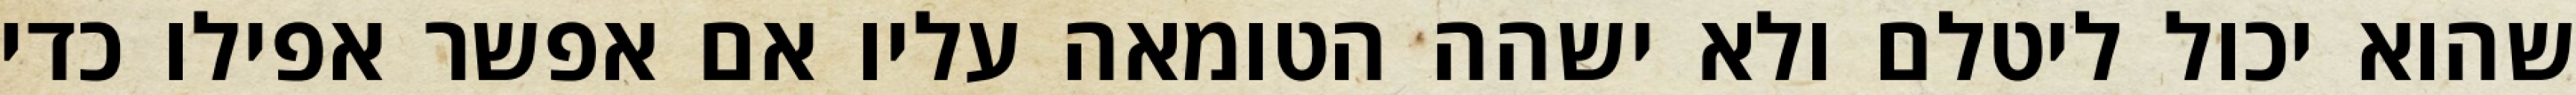
שהוא יכול ליטלם ולא ישהה הטומאה עליו אם אפשר אפילו כדי